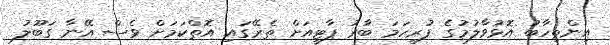
އިންތިހާބު އޮޅުވާލުމުގެ ފުރިހަމަ ބާރު ޕާޓީއަށް ތެރޭގައި އޮތްކަމަށް ވެސް އޭނާ ގަބޫލު